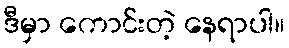
ဒီမှာ ကောင်းတဲ့ နေရာပါ။